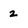
Character: 2